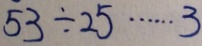
5 3 \div 2 5 \cdots 3